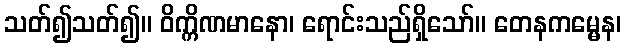
သတ်၍သတ်၍။ ဝိက္ကိဏမာနော၊ ရောင်းသည်ရှိသော်။ တေနကမ္မေန၊